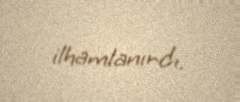
ilhamlanırdı.